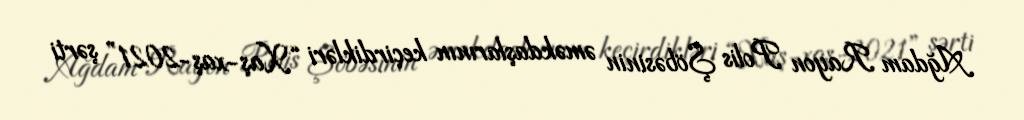
Ağdam Rayon Polis Şöbəsinin əməkdaşlarının keçirdikləri “Xaş-xaş-2021” şərti